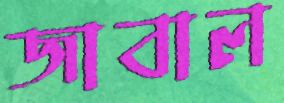
জাবাল